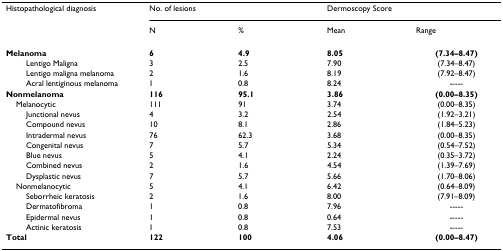
<table><thead><tr><td><b>Histopathological diagnosis</b></td><td colspan="2"><b>No. of lesions</b></td><td colspan="2"><b>Dermoscopy Score</b></td></tr><tr><td></td><td><b>N</b></td><td><b>%</b></td><td><b>Mean</b></td><td><b>Range</b></td></tr></thead><tbody><tr><td><b>Melanoma</b></td><td><b>6</b></td><td><b>4.9</b></td><td><b>8.05</b></td><td><b>(7.34–8.47)</b></td></tr><tr><td>Lentigo Maligna</td><td>3</td><td>2.5</td><td>7.90</td><td>(7.34–8.47)</td></tr><tr><td>Lentigo maligna melanoma</td><td>2</td><td>1.6</td><td>8.19</td><td>(7.92–8.47)</td></tr><tr><td>Acral lentiginous melanoma</td><td>1</td><td>0.8</td><td>8.24</td><td>-----</td></tr><tr><td><b>Nonmelanoma</b></td><td><b>116</b></td><td><b>95.1</b></td><td><b>3.86</b></td><td><b>(0.00–8.35)</b></td></tr><tr><td> Melanocytic</td><td>111</td><td>91</td><td>3.74</td><td>(0.00–8.35)</td></tr><tr><td>Junctional nevus</td><td>4</td><td>3.2</td><td>2.54</td><td>(1.92–3.21)</td></tr><tr><td>Compound nevus</td><td>10</td><td>8.1</td><td>2.86</td><td>(1.84–5.23)</td></tr><tr><td>Intradermal nevus</td><td>76</td><td>62.3</td><td>3.68</td><td>(0.00–8.35)</td></tr><tr><td>Congenital nevus</td><td>7</td><td>5.7</td><td>5.34</td><td>(0.54–7.52)</td></tr><tr><td>Blue nevus</td><td>5</td><td>4.1</td><td>2.24</td><td>(0.35–3.72)</td></tr><tr><td>Combined nevus</td><td>2</td><td>1.6</td><td>4.54</td><td>(1.39–7.69)</td></tr><tr><td>Dysplastic nevus</td><td>7</td><td>5.7</td><td>5.66</td><td>(1.70–8.06)</td></tr><tr><td> Nonmelanocytic</td><td>5</td><td>4.1</td><td>6.42</td><td>(0.64–8.09)</td></tr><tr><td>Seborrheic keratosis</td><td>2</td><td>1.6</td><td>8.00</td><td>(7.91–8.09)</td></tr><tr><td>Dermatofibroma</td><td>1</td><td>0.8</td><td>7.96</td><td>-----</td></tr><tr><td>Epidermal nevus</td><td>1</td><td>0.8</td><td>0.64</td><td>-----</td></tr><tr><td>Actinic keratosis</td><td>1</td><td>0.8</td><td>7.53</td><td>-----</td></tr><tr><td><b>Total</b></td><td><b>122</b></td><td><b>100</b></td><td><b>4.06</b></td><td><b>(0.00–8.47)</b></td></tr></tbody></table>